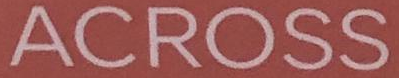
ACROSS